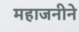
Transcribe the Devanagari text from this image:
महाजनीने